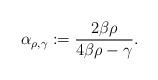
LaTeX: \begin{align*}\alpha_{\rho, \gamma} &:= \frac{2\beta\rho}{4\beta\rho - \gamma}.\end{align*}